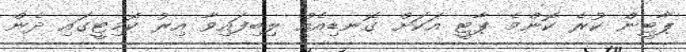
ޕާޓީން ކުރެ ކޮންމެ ޕާޓީ އަކަށް ގޮނޑިއެއް ލިބިފައިވާ އިރު ކޮމިޓީގައި ދެން